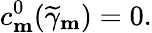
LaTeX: c_{\mathbf{m}}^{0}(\widetilde{\gamma}_{\mathbf{m}})=0.